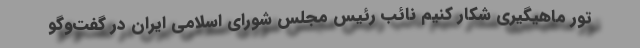
تور ماهیگیری شکار ‌کنیم نائب رئیس مجلس شورای اسلامی ایران در گفت‌وگو